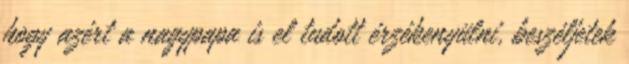
hogy azért a nagypapa is el tudott érzékenyülni, beszéljetek